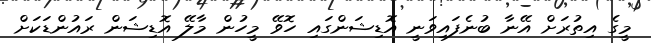
މީގެ އިތުރަށް އޭނާ ބުނެފައިވަނީ އޮޑިޝަންގައި ހޮވޭ މީހުން މާލޭ އޮޑިޝަން ރައުންޑަކަށް